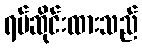
ရပ်ဆိုင်းထားသည်